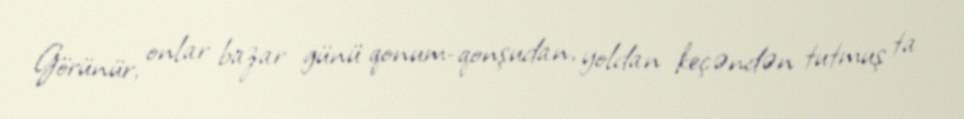
Görünür, onlar bazar günü qonum-qonşudan, yoldan keçəndən tutmuş ta